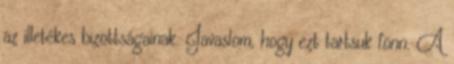
az illetékes bizottságainak. Javaslom, hogy ezt tartsuk fönn. A